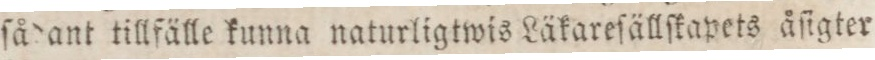
ſådant tillfälle kunna naturligtwis Läkareſällſkapets åſigter